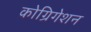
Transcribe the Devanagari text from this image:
कोग्रिगेशन